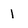
Character: 1